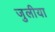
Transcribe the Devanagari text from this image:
जुलीया